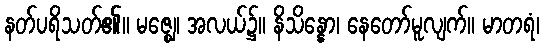
နတ်ပရိသတ်၏။ မဇ္ဈေ၊ အလယ်၌။ နိသိန္နော၊ နေတော်မူလျက်။ မာတရံ၊